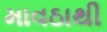
માવઠાથી